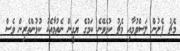
މެޗު ފެށުން ލަސްވުމާއި މެޗު ކުޅެވޭނެ ކަމުގެ ޔަގީން ނެތުމާއެކު ކުޅުންތެރިން ވެސް